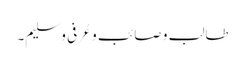
طالب و صائب و عُرفی و سلیم۔